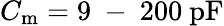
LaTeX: C_{\mathrm{m}}=9\mathrm{~-~}200~\mathrm{pF}